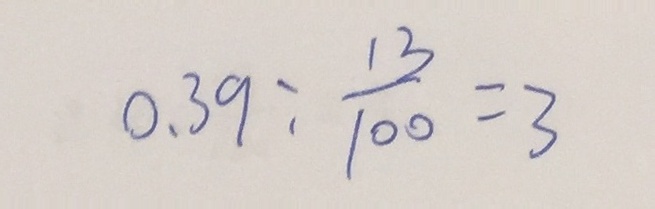
0 . 3 9 : \frac { 1 3 } { 1 0 0 } = 3